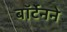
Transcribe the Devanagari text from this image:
बॉर्टेनने